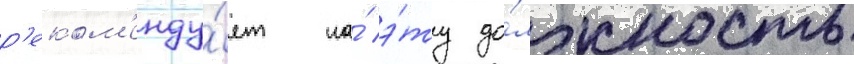
р'еком'енду́ет на́ э́ту до́лжность